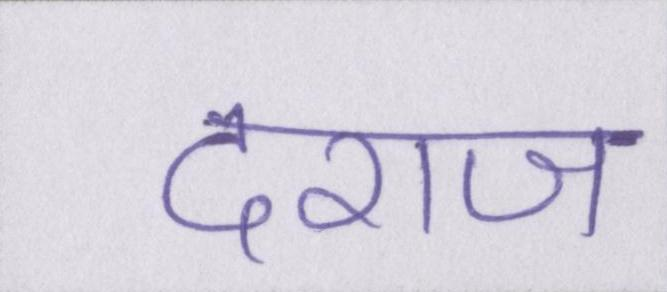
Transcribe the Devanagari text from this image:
दराज